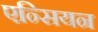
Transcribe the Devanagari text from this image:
एन्सियन